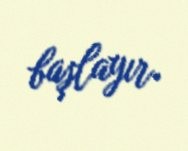
başlayır.